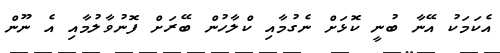
އެކަމަކު އޭނާ ބުނީ ކޮޅަށް ނެގުމާއި ކްލާހުން ބޭރަށް ފޮނުވާލުމާއި އެ ނޫން